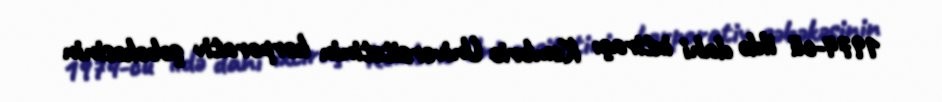
1974-cü ildə dahi ixtiraçı Kembric Universitetinin korporativ şəbəkəsinin